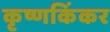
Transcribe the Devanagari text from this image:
कृष्णकिंकर